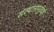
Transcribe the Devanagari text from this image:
संस्थानामुळेही